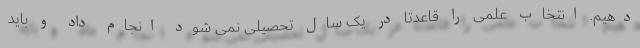
دهیم. انتخاب علمی را قاعدتا در یک سال تحصیلی نمی شود انجام داد و باید